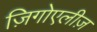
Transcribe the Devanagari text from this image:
ज़िगोएलीज़